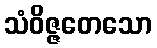
သံဝိဇ္ဇတေသော